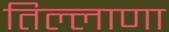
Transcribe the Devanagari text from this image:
तिल्लाणा